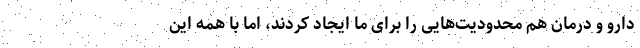
دارو و درمان هم محدودیت‌هایی را برای ما ایجاد کردند، اما با همه این